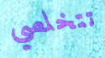
تتخلصي